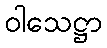
ဝါသေဋ္ဌာ